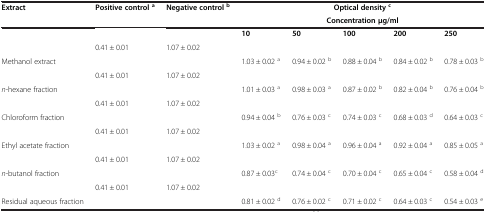
| Extract | Positive control a | Negative control b | <COLSPAN=4> Optical density c |  |
 |  |  |  | <COLSPAN=4> Concentration μg/ml |  |
 | --- | --- | --- | --- | --- | --- | --- | --- |
 |  |  |  | 10 | 50 | 100 | 200 | 250 |
 |  | 0.41 ± 0.01 | 1.07 ± 0.02 |  |  |  |  |  |
 | Methanol extract |  |  | 1.03 ± 0.02 a | 0.94 ± 0.02 b | 0.88 ± 0.04 b | 0.84 ± 0.02 b | 0.78 ± 0.03 b |
 |  | 0.41 ± 0.01 | 1.07 ± 0.02 |  |  |  |  |  |
 | n-hexane fraction |  |  | 1.01 ± 0.03 a | 0.98 ± 0.03 a | 0.87 ± 0.02 b | 0.82 ± 0.04 b | 0.76 ± 0.04 b |
 |  | 0.41 ± 0.01 | 1.07 ± 0.02 |  |  |  |  |  |
 | Chloroform fraction |  |  | 0.94 ± 0.04 b | 0.76 ± 0.03 c | 0.74 ± 0.03 c | 0.68 ± 0.03 d | 0.64 ± 0.03 c |
 |  | 0.41 ± 0.01 | 1.07 ± 0.02 |  |  |  |  |  |
 | Ethyl acetate fraction |  |  | 1.03 ± 0.02 a | 0.98 ± 0.04 a | 0.96 ± 0.04 a | 0.92 ± 0.04 a | 0.85 ± 0.05 a |
 |  | 0.41 ± 0.01 | 1.07 ± 0.02 |  |  |  |  |  |
 | n-butanol fraction |  |  | 0.87 ± 0.03c | 0.74 ± 0.04 c | 0.70 ± 0.04 c | 0.65 ± 0.04 c | 0.58 ± 0.04 d |
 |  | 0.41 ± 0.01 | 1.07 ± 0.02 |  |  |  |  |  |
 | Residual aqueous fraction |  |  | 0.81 ± 0.02 d | 0.76 ± 0.02 c | 0.71 ± 0.02 c | 0.64 ± 0.03 c | 0.54 ± 0.03 e |